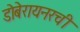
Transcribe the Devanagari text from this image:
डोबेरायनरची